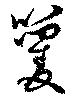
籰